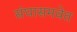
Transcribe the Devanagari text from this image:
संघासमवेत